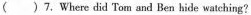
( )7.Where did Tom and Ben hide watching?